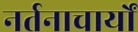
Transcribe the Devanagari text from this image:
नर्तनाचार्यों